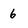
Character: 6